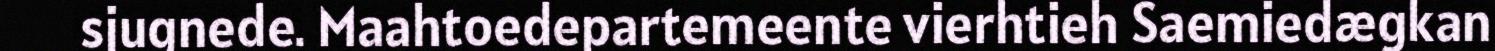
sjugnede. Maahtoedepartemeente vierhtieh Saemiedægkan